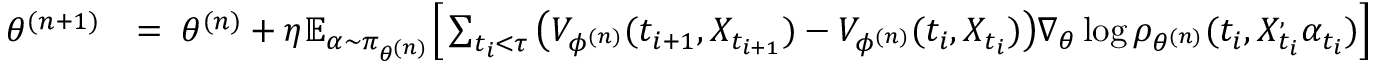
\begin{array} { r l } { \theta ^ { ( n + 1 ) } } & { = \; \theta ^ { ( n ) } + \eta \mathbb { E } _ { \alpha \sim \pi _ { \theta ^ { ( n ) } } } \Big [ \sum _ { t _ { i } < \tau } \big ( { \cal V } _ { \phi ^ { ( n ) } } ( t _ { i + 1 } , X _ { t _ { i + 1 } } ) - { \cal V } _ { \phi ^ { ( n ) } } ( t _ { i } , X _ { t _ { i } } ) \big ) \nabla _ { \theta } \log \rho _ { \theta ^ { ( n ) } } ( t _ { i } , X _ { t _ { i } } ^ , \alpha _ { t _ { i } } ) \Big ] } \end{array}